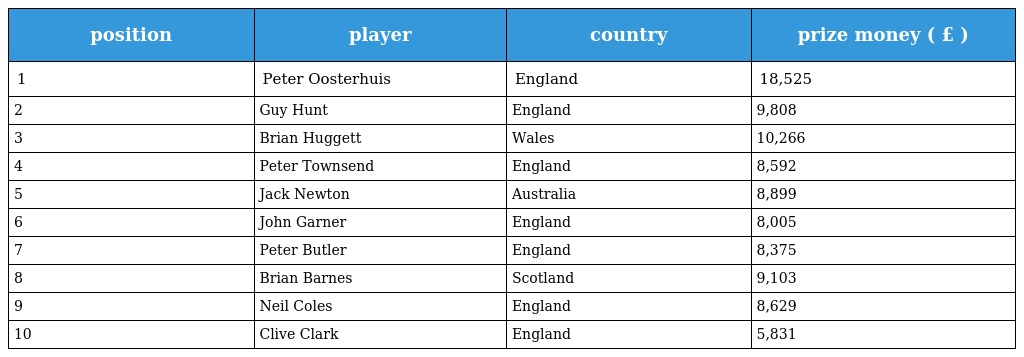
| position | player | country | prize money ( £ ) |
 | --- | --- | --- | --- |
 | 1 | Peter Oosterhuis | England | 18,525 |
 | 2 | Guy Hunt | England | 9,808 |
 | 3 | Brian Huggett | Wales | 10,266 |
 | 4 | Peter Townsend | England | 8,592 |
 | 5 | Jack Newton | Australia | 8,899 |
 | 6 | John Garner | England | 8,005 |
 | 7 | Peter Butler | England | 8,375 |
 | 8 | Brian Barnes | Scotland | 9,103 |
 | 9 | Neil Coles | England | 8,629 |
 | 10 | Clive Clark | England | 5,831 |